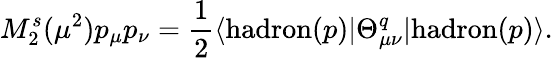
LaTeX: M_{2}^{s}(\mu^{2})p_{\mu}p_{\nu}=\frac{1}{2}\langle\mathrm{hadron}(p)|\Theta_{\mu\nu}^{q}|\mathrm{hadron}(p)\rangle.